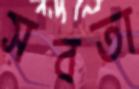
সবতা